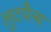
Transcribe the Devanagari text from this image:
लुटयैन्स